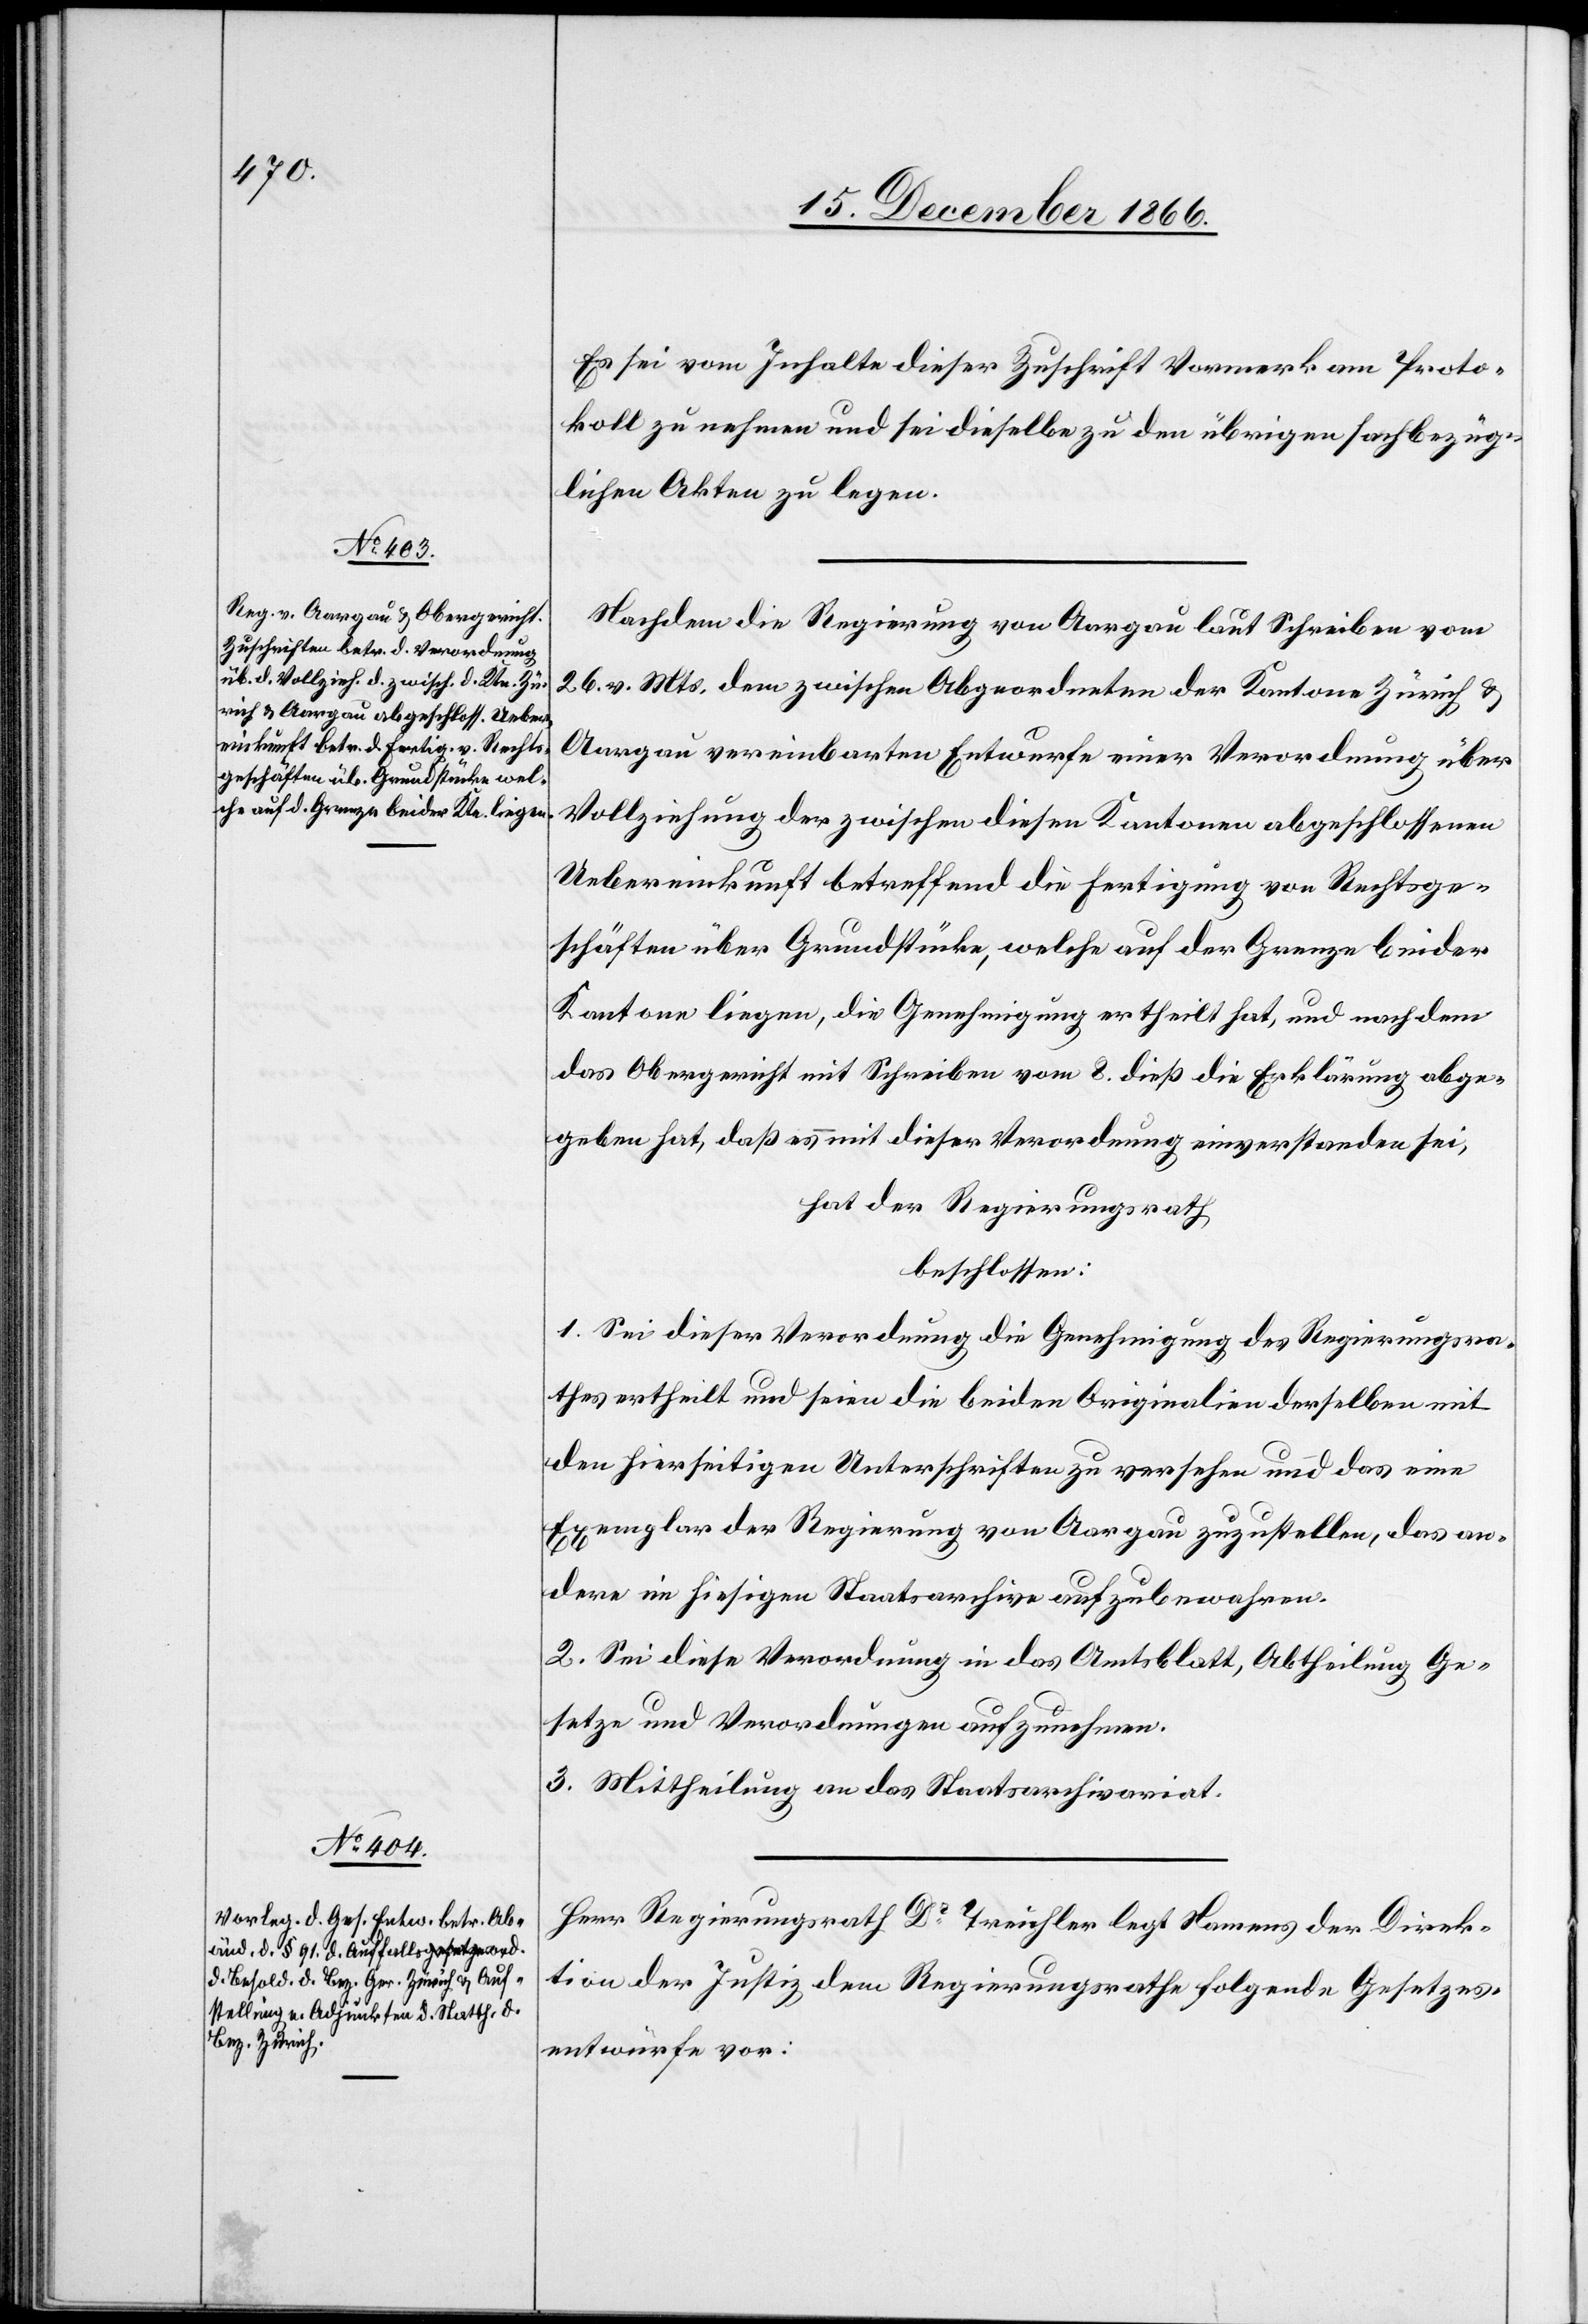
Es sei vom Inhalte dieser Zuschrift Vormerk am Proto¬
koll zu nehmen und sei dieselbe zu den übrigen sachbezüg¬
lichen Akten zu legen.
Nachdem die Regierung von Aargau laut Schreiben vom
26. v. Mts. dem zwischen Abgeordneten der Kantone Zürich &
Aargau vereinbarten Entwurfe einer Verordnung über
Vollziehung der zwischen diesen Kantonen abgeschlossenen
Uebereinkunft betreffend die Fertigung von Rechtsge¬
schäften über Grundstücke, welche auf der Grenze beider
Kantone liegen, die Genehmigung ertheilt hat, und nachdem
das Obergericht mit Schreiben vom 8. dieß die Erklärung abge¬
geben hat, daß es mit dieser Verordnung einverstanden sei,
hat der Regierungsrath,
beschlossen:
1. Sei dieser Verordnung die Genehmigung des Regierungsra¬
thes ertheilt und seien die beiden Originalien derselben mit
den hierseitigen Unterschriften zu versehen und das eine
Exemplar der Regierung von Aargau zuzustellen, das an¬
dere im hiesigen Staatsarchive aufzubewahren.
2. Sei diese Verordnung in das Amtsblatt, Abtheilung Ge¬
setze und Verordnungen aufzunehmen.
3. Mittheilung an das Staatsarchivariat.
Herr Regierungsrath Dr. Treichler legt Namens der Direk¬
tion der Justiz dem Regierungsrathe folgende Gesetzes¬
entwürfe vor: